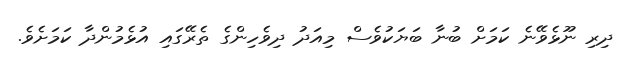
ދިރި ނޫޅެވޭނެ ކަމަށް ބުނާ ބަޔަކުވެސް މިއަދު ދިވެހިންގެ ތެރޭގައި އުޅެމުންދާ ކަމަށެވެ.